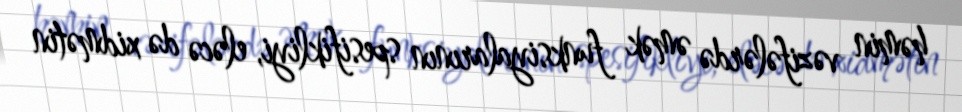
həmin vəzifələrdə əmək funksiyalarının spesifikliyi, eləcə də xidmətin